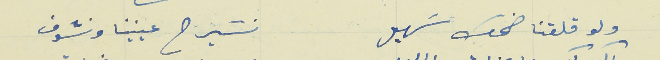
ولو قلقنا ضحك سَهيل                                        نسَيرح عينينا ونشوف